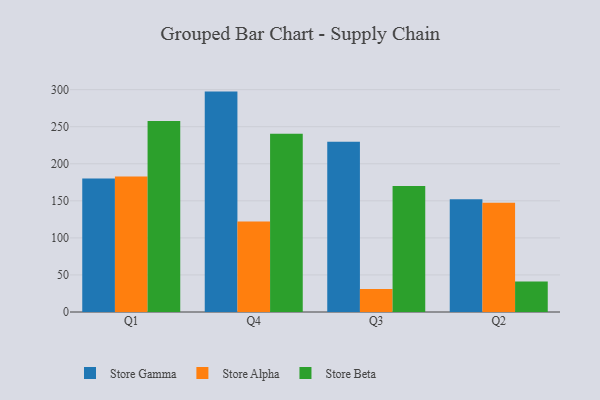
{"axis": {"x": "Quarter", "y": "Customer Acquisition Cost (USD)"}, "legend": ["Store Alpha", "Store Beta", "Store Gamma"], "data": [{"x": "Q1", "y": 180.1, "type": "Store Gamma"}, {"x": "Q1", "y": 183.0, "type": "Store Alpha"}, {"x": "Q1", "y": 257.8, "type": "Store Beta"}, {"x": "Q4", "y": 297.4, "type": "Store Gamma"}, {"x": "Q4", "y": 122.1, "type": "Store Alpha"}, {"x": "Q4", "y": 240.6, "type": "Store Beta"}, {"x": "Q3", "y": 229.7, "type": "Store Gamma"}, {"x": "Q3", "y": 31.2, "type": "Store Alpha"}, {"x": "Q3", "y": 170.1, "type": "Store Beta"}, {"x": "Q2", "y": 152.2, "type": "Store Gamma"}, {"x": "Q2", "y": 147.4, "type": "Store Alpha"}, {"x": "Q2", "y": 41.2, "type": "Store Beta"}]}